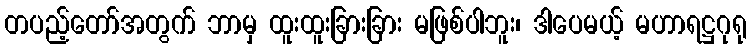
တပည့်တော်အတွက် ဘာမှ ထူးထူးခြားခြား မဖြစ်ပါဘူး၊ ဒါပေမယ့် မဟာရဋ္ဌဂုရု